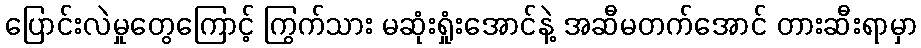
ပြောင်းလဲမှုတွေကြောင့် ကြွက်သား မဆုံးရှုံးအောင်နဲ့ အဆီမတက်အောင် တားဆီးရာမှာ